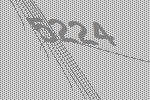
5224